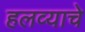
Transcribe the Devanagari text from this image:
हलव्याचे